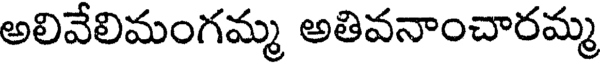
అలివేలిమంగమ్మ అతివనాంచారమ్మ